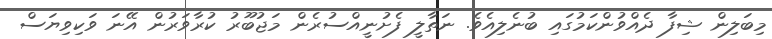
މިބަލިން ޝިފާ ދެއްވުންކަމުގައި ބުނެލިއެވެ. ނަތާލީ ފެށުނީއްސުރެން މަޖުބޫރު ކުރާވަރުން އޭނަ ވަކިވިޔަސް